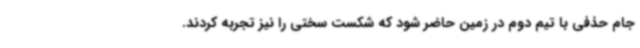
جام حذفی با تیم دوم در زمین حاضر شود که شکست سختی را نیز تجربه کردند.